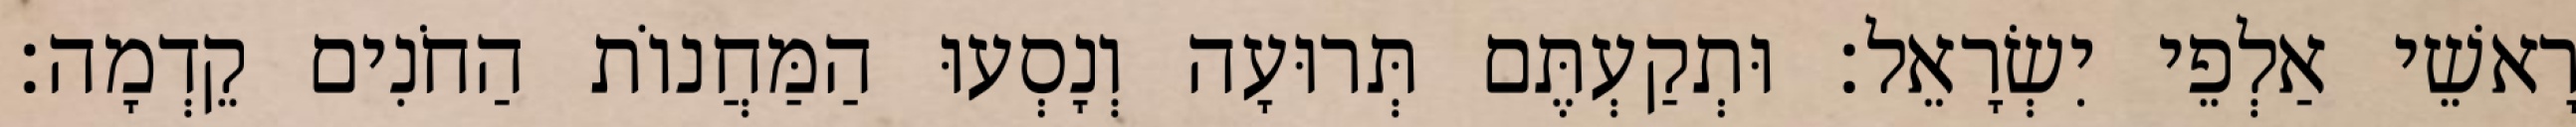
רָאשֵׁי אַלְפֵי יִשְׂרָאֵל׃ וּתְקַעְתֶּם תְּרוּעָה וְנָסְעוּ הַמַּחֲנוֹת הַחֹנִים קֵדְמָה׃